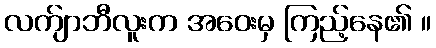
လက်ျာဘီလူးက အဝေးမှ ကြည့်နေ၏ ။